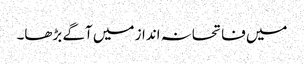
میں فاتحانہ انداز میں آگے بڑھا۔